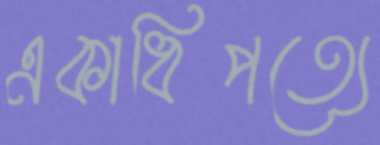
একাধিপত্যে